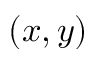
( x , y )